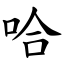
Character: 哈